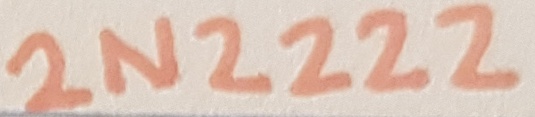
Text: 2N2222